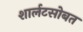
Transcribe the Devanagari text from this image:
शार्लटसोबत